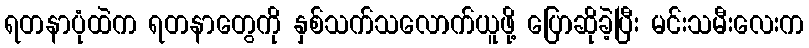
ရတနာပုံထဲက ရတနာတွေကို နှစ်သက်သလောက်ယူဖို့ ပြောဆိုခဲ့ပြီး မင်းသမီးလေးက